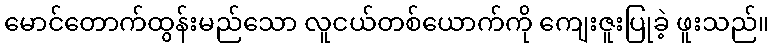
မောင်တောက်ထွန်းမည်သော လူငယ်တစ်ယောက်ကို ကျေးဇူးပြုခဲ့ ဖူးသည်။